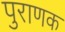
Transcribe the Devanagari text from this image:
पुराणक